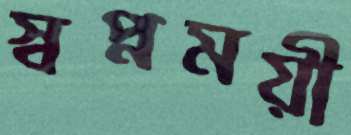
স্বপ্নময়ী